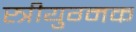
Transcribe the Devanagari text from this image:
स्त्रीयुग्मक